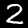
Label: 2